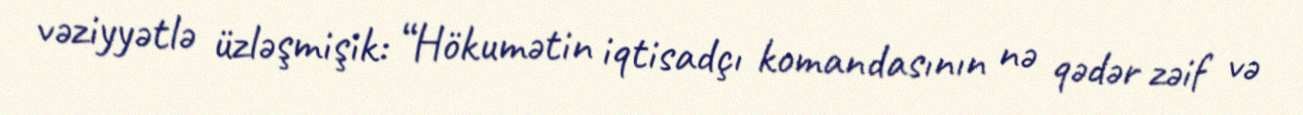
vəziyyətlə üzləşmişik: “Hökumətin iqtisadçı komandasının nə qədər zəif və